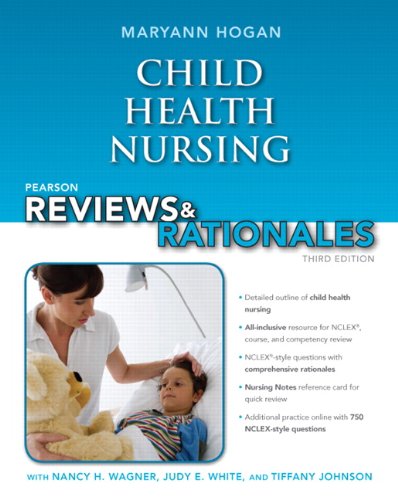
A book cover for Pearson Reviews & Rationales: Child Health Nursing with Nursing Reviews & Rationales (3rd Edition); MaryAnn Hogan; Test Preparation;